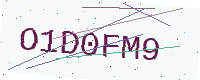
Text: O1D0FM9